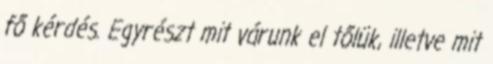
fő kérdés. Egyrészt mit várunk el tőlük, illetve mit